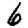
Digit: 6